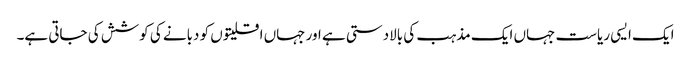
ایک ایسی ریاست جہاں ایک مذہب کی بالادستی ہے اور جہاں اقلیتوں کو دبانے کی کوشش کی جاتی ہے۔